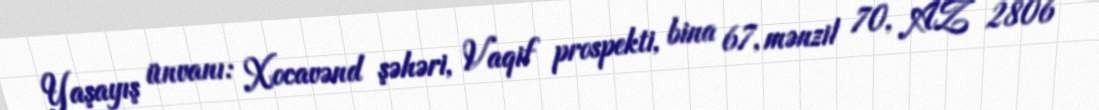
Yaşayış ünvanı: Xocavənd şəhəri, Vaqif prospekti, bina 67, mənzil 70, AZ 2806